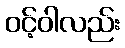
ဝင့်ဝါလည်း